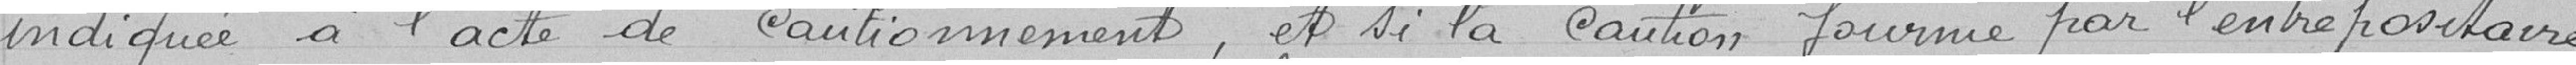
indiquée à l'acte de cautionnement, et si la caution fournie par l'entrepositaire